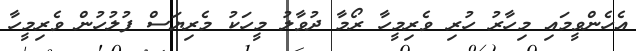
އެހެންވީމައި މިހާރު ހުރި ވެރިމީހާ ރޯމާ ދުވާލު މީހަކު މެރިޔަސް ފުލުހުން ވެރިމީހާ